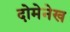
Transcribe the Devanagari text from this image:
दोमेनेख